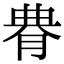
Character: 䐌